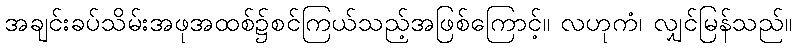
အချင်းခပ်သိမ်းအဖုအထစ်၌စင်ကြယ်သည့်အဖြစ်ကြောင့်။ လဟုကံ၊ လျှင်မြန်သည်။